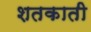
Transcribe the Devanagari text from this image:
शतकाती